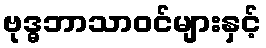
ဗုဒ္ဓဘာသာဝင်များနှင့်